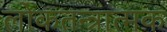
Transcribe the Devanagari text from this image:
लोकतन्त्रात्मक